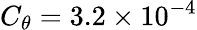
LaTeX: C_{\theta}=3.2\times 10^{-4}